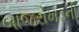
બાજરોખડની